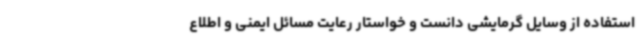
استفاده از وسایل گرمایشی دانست و خواستار رعایت مسائل ایمنی و اطلاع